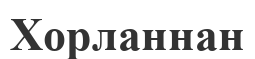
Хорланнан